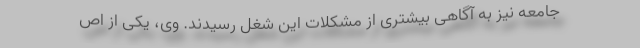
جامعه نیز به آگاهی بیشتری از مشکلات این شغل رسیدند. وی، یکی از اص